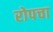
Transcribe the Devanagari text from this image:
रोपचा